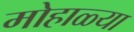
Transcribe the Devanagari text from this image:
मोहाळ्या